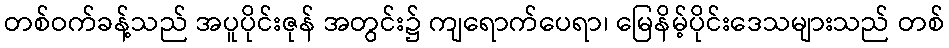
တစ်ဝက်ခန့်သည် အပူပိုင်းဇုန် အတွင်း၌ ကျရောက်ပေရာ၊ မြေနိမ့်ပိုင်းဒေသများသည် တစ်